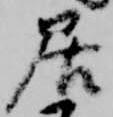
居